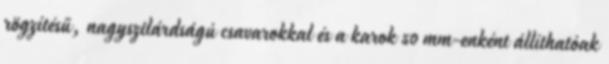
rögzítésű, nagyszilárdságú csavarokkal és a karok 50 mm-enként állíthatóak